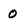
Character: O